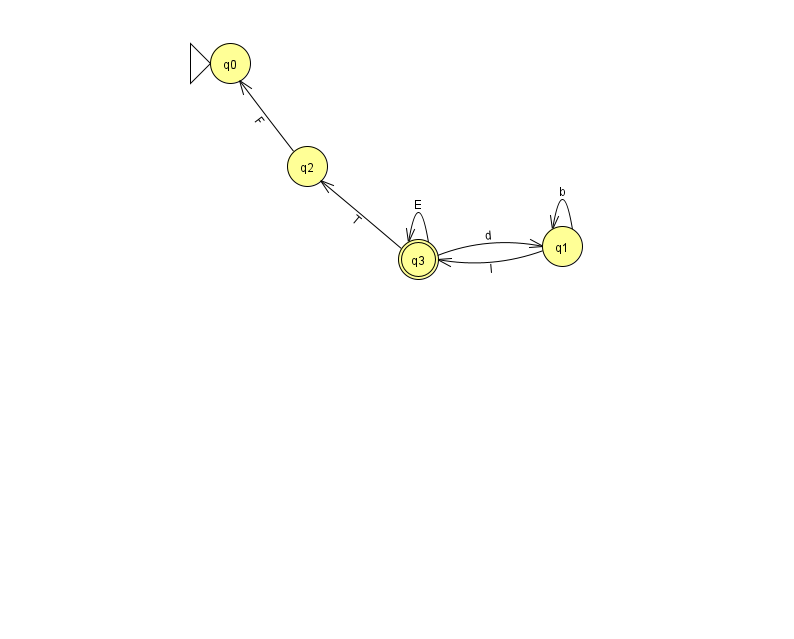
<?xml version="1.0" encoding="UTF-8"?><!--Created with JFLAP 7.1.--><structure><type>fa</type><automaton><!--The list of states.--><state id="0" name="q0"><x>230.0</x><y>50.0</y><initial/></state><state id="1" name="q1"><x>562.0</x><y>233.0</y></state><state id="2" name="q2"><x>307.0</x><y>153.0</y></state><state id="3" name="q3"><x>418.0</x><y>246.0</y><final/></state><!--The list of transitions.--><transition><from>1</from><to>1</to><read>b</read></transition><transition><from>3</from><to>2</to><read>T</read></transition><transition><from>1</from><to>3</to><read>l</read></transition><transition><from>2</from><to>0</to><read>F</read></transition><transition><from>3</from><to>3</to><read>E</read></transition><transition><from>3</from><to>1</to><read>d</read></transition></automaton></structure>